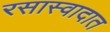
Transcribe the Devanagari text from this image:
रसास्वादात